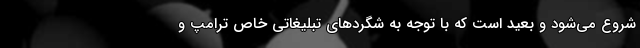
شروع می‌شود و بعید است که با توجه به شگردهای تبلیغاتی خاص ترامپ و